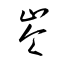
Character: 岺